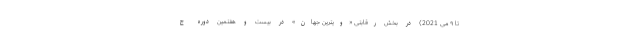
تا ۹ می 2021) در بخش رقابتی «ویترین جهان» در بیست و هفتمین دوره ج